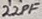
Text: 22PF